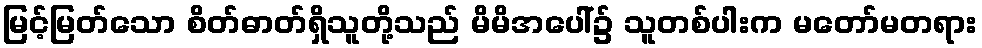
မြင့်မြတ်သော စိတ်ဓာတ်ရှိသူတို့သည် မိမိအပေါ်၌ သူတစ်ပါးက မတော်မတရား